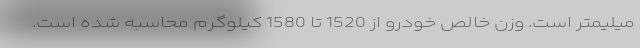
میلیمتر است. وزن خالص خودرو از 1520 تا 1580 کیلوگرم محاسبه شده است.